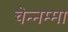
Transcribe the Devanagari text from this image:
चेन्‍नम्‍मा